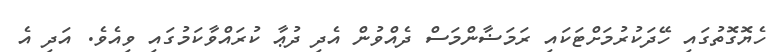
ހެޔޮގޮތުގައި ހޭދަކުރުމަށްޓަކައި ރަމަޟާންމަސް ދެއްވުން އެދި ދުޢާ ކުރައްވާކަމުގައި ވިއެވެ. އަދި އެ